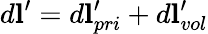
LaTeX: d\mathbf{l}^{\prime}=d\mathbf{l}_{pri}^{\prime}+d\mathbf{l}_{vol}^{\prime}